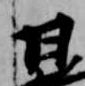
日